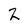
Character: Z